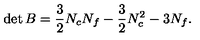
\det B = { \frac { 3 } { 2 } } N _ { c } N _ { f } - { \frac { 3 } { 2 } } N _ { c } ^ { 2 } - 3 N _ { f } .